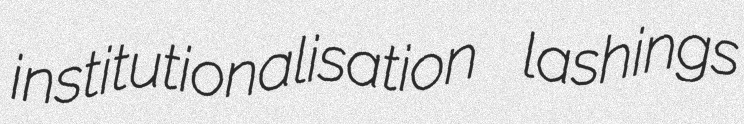
institutionalisation lashings